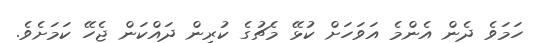
ހަމަވެ ދެން އެންމެ އަވަހަށް ކުޅޭ މެޗުގެ ކުރިން ދައްކަން ޖެހޭ ކަމަށެވެ.